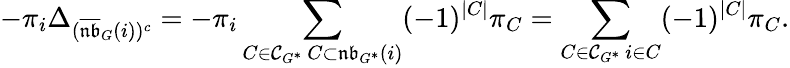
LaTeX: -\pi_{i}\Delta_{(\overline{{\mathfrak{nb}}}_{G}(i))^{c}}=-\pi_{i}\sum_{\substack{C\in\mathcal{C}_{G^{*}}\, C\subset\mathfrak{nb}_{G^{*}}(i)}}(-1)^{|C|}\pi_{C}=\sum_{\substack{C\in\mathcal{C}_{G^{*}}\, i\in C}}(-1)^{|C|}\pi_{C}.